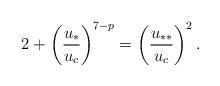
LaTeX: \begin{align*}2 +\left(\frac{u_*}{u_c}\right)^{7-p} =\left(\frac{u_{**}}{u_c}\right)^2.\end{align*}